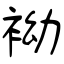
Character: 袎